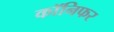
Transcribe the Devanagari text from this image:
कॉनिफर